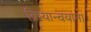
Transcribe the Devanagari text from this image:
क्रियान्वयाना